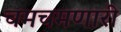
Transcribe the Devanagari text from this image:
चमचमणारी